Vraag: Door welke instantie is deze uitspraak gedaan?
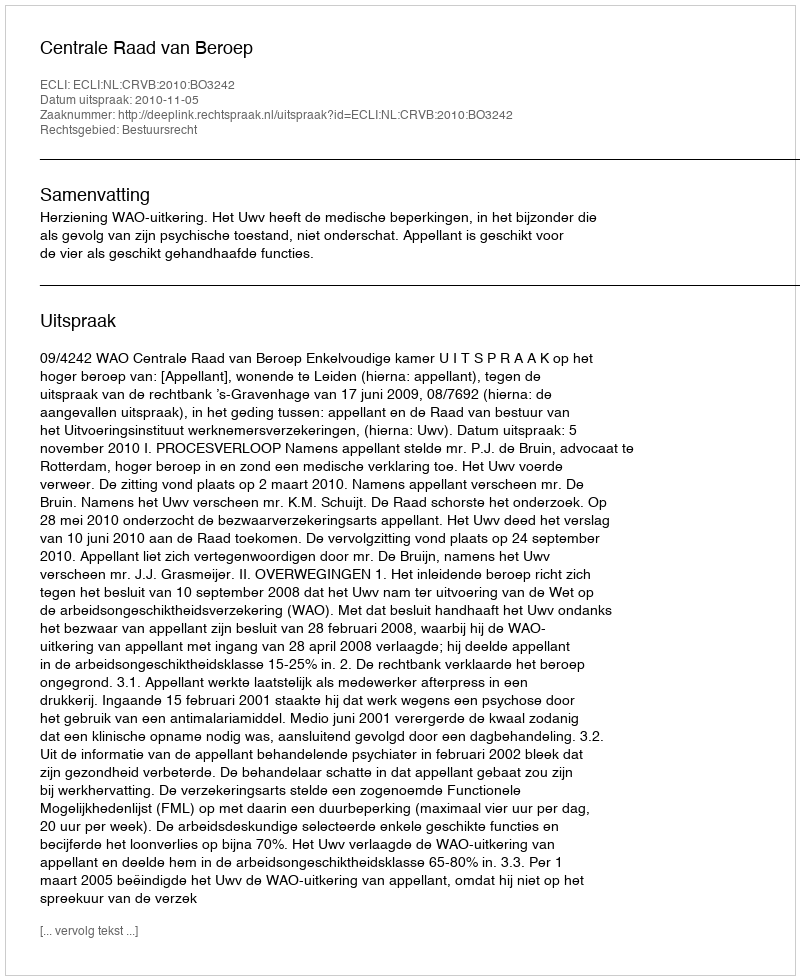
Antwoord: Centrale Raad van Beroep